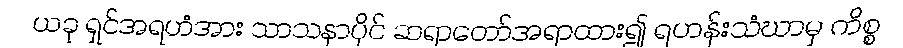
ယခု ရှင်အရဟံအား သာသနာပိုင် ဆရာတော်အရာထား၍ ရဟန်းသံဃာမှ ကိစ္စ